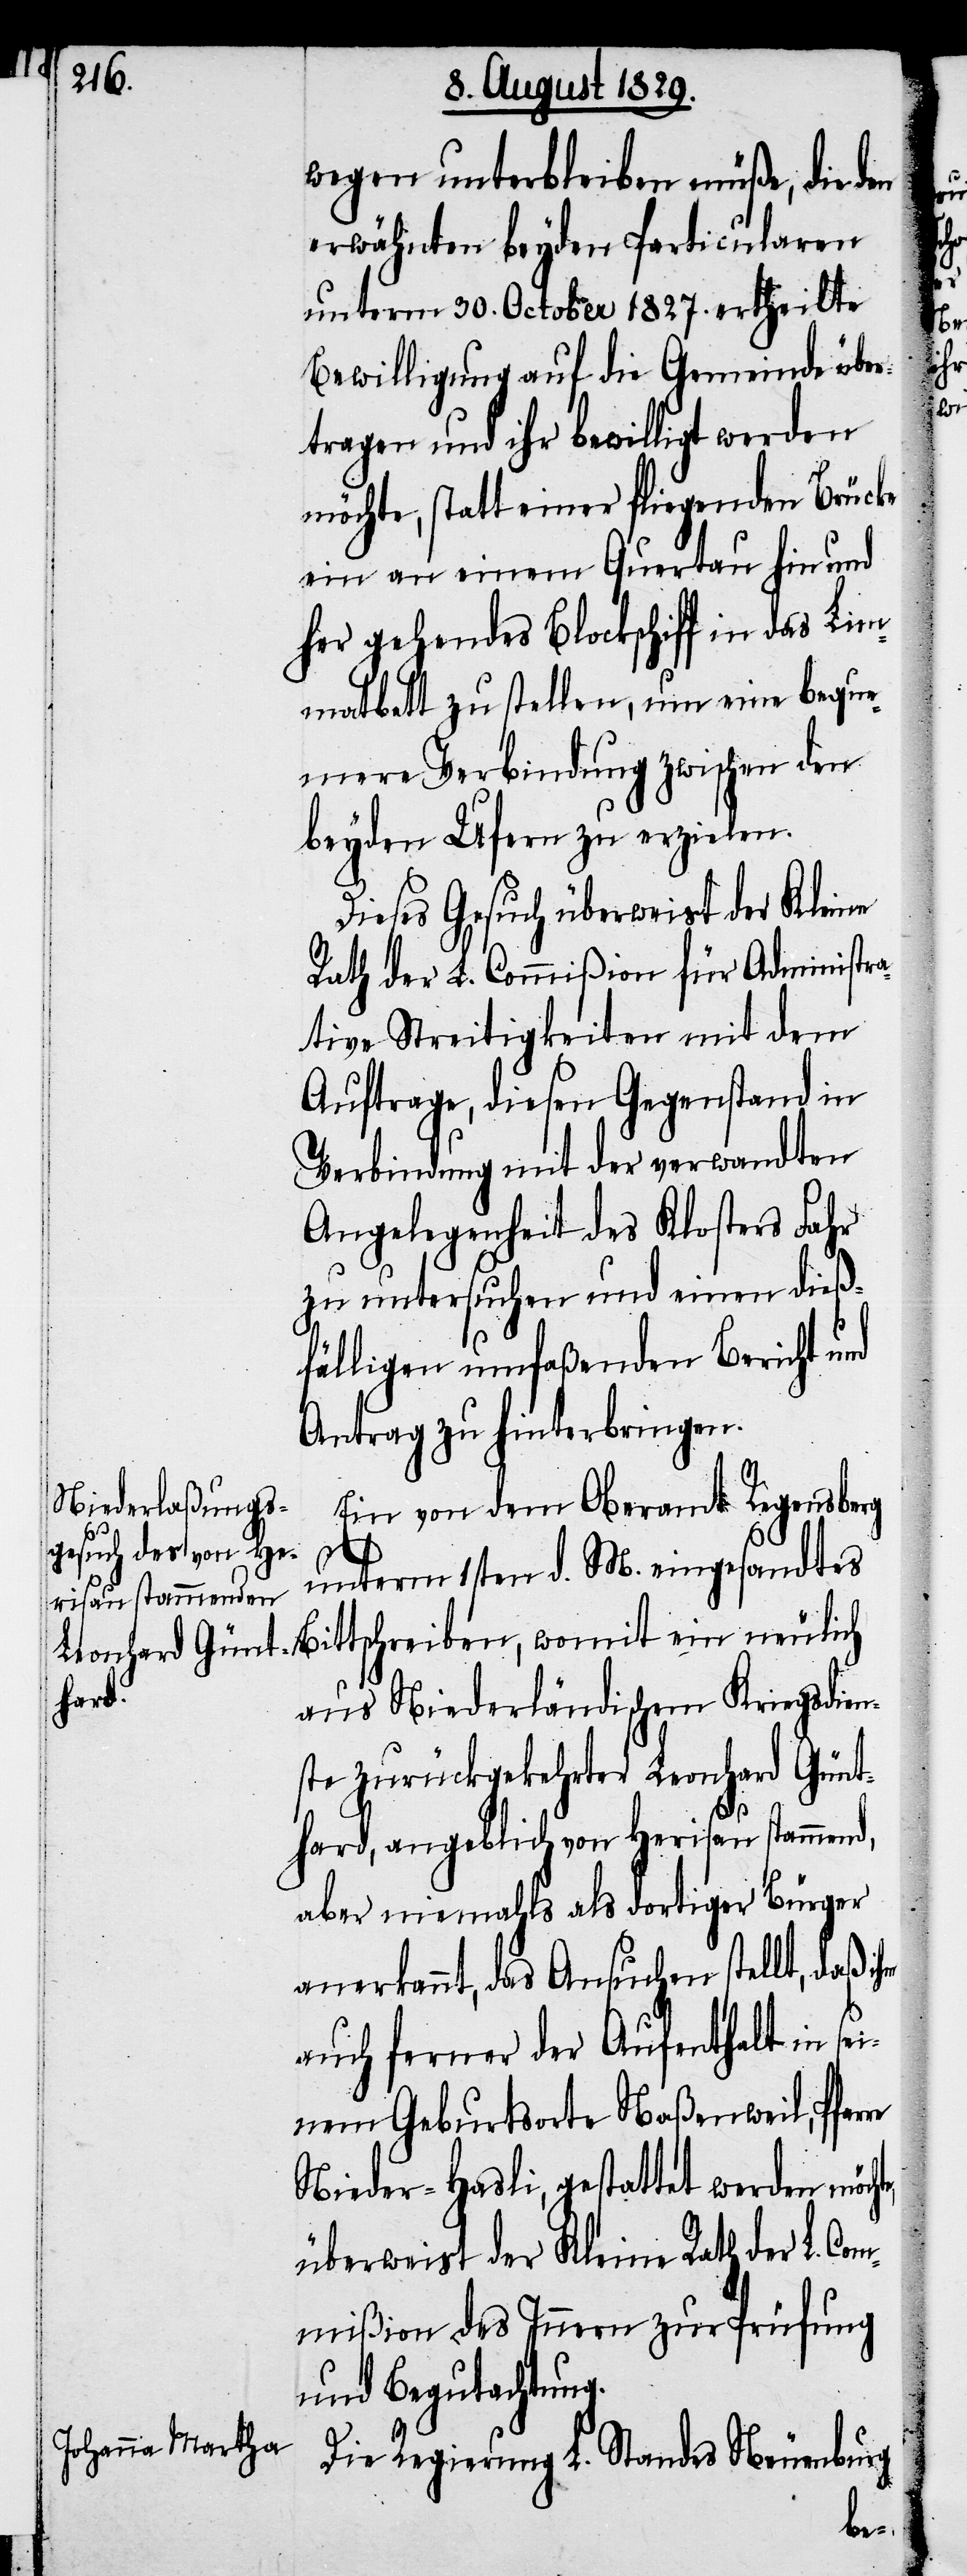
wegen unterbleiben müße, die den
erwähnten beyden Particularen
unterm 30. October 1827. ertheilte
Bewilligung auf die Gemeinde übe¬
rtragen und ihr bewilligt werden
möchte, statt einer fliegenden Brücke
ein an einem Quertau hin und
her gehendes Blockschiff in das Lim¬
matbett zu stellen, um eine bequ¬
emere Verbindung zwischen den
beyden Ufern zu erzielen.
Dieses Gesuch überweist der Kleine
Rath der L. Commißion für Administr¬
ative Streitigkeiten mit dem
Auftrage, diesen Gegenstand in
Verbindung mit der verwandten
Angelegenheit des Klosters Fahr
zu untersuchen und einen dieß¬
fälligen umfaßenden Bericht und
Antrag zu hinterbringen.
Ein von dem Oberamt Regensberg
unterm 1sten d. M. eingesandtes
Bittschreiben, womit ein neulich
aus Niederländischem Kriegsdien¬
ste zurückgekehrter Leonhard Günt¬
hard, angeblich von Herisau stammend,
aber niemahls als dortiger Bürger
anerkannt, das Ansuchen stellt, daß ihm
auch ferner der Aufenthalt in se¬
inem Geburtsorte Naßenweil, Pfar¬
Nieder-Hasli, gestattet werden möch¬
überweist der Kleine Rath der L. C¬
ommißion des Innern zur Prüfung
und Begutachtung.
Die Regierung L. Standes Neuenburg

te,